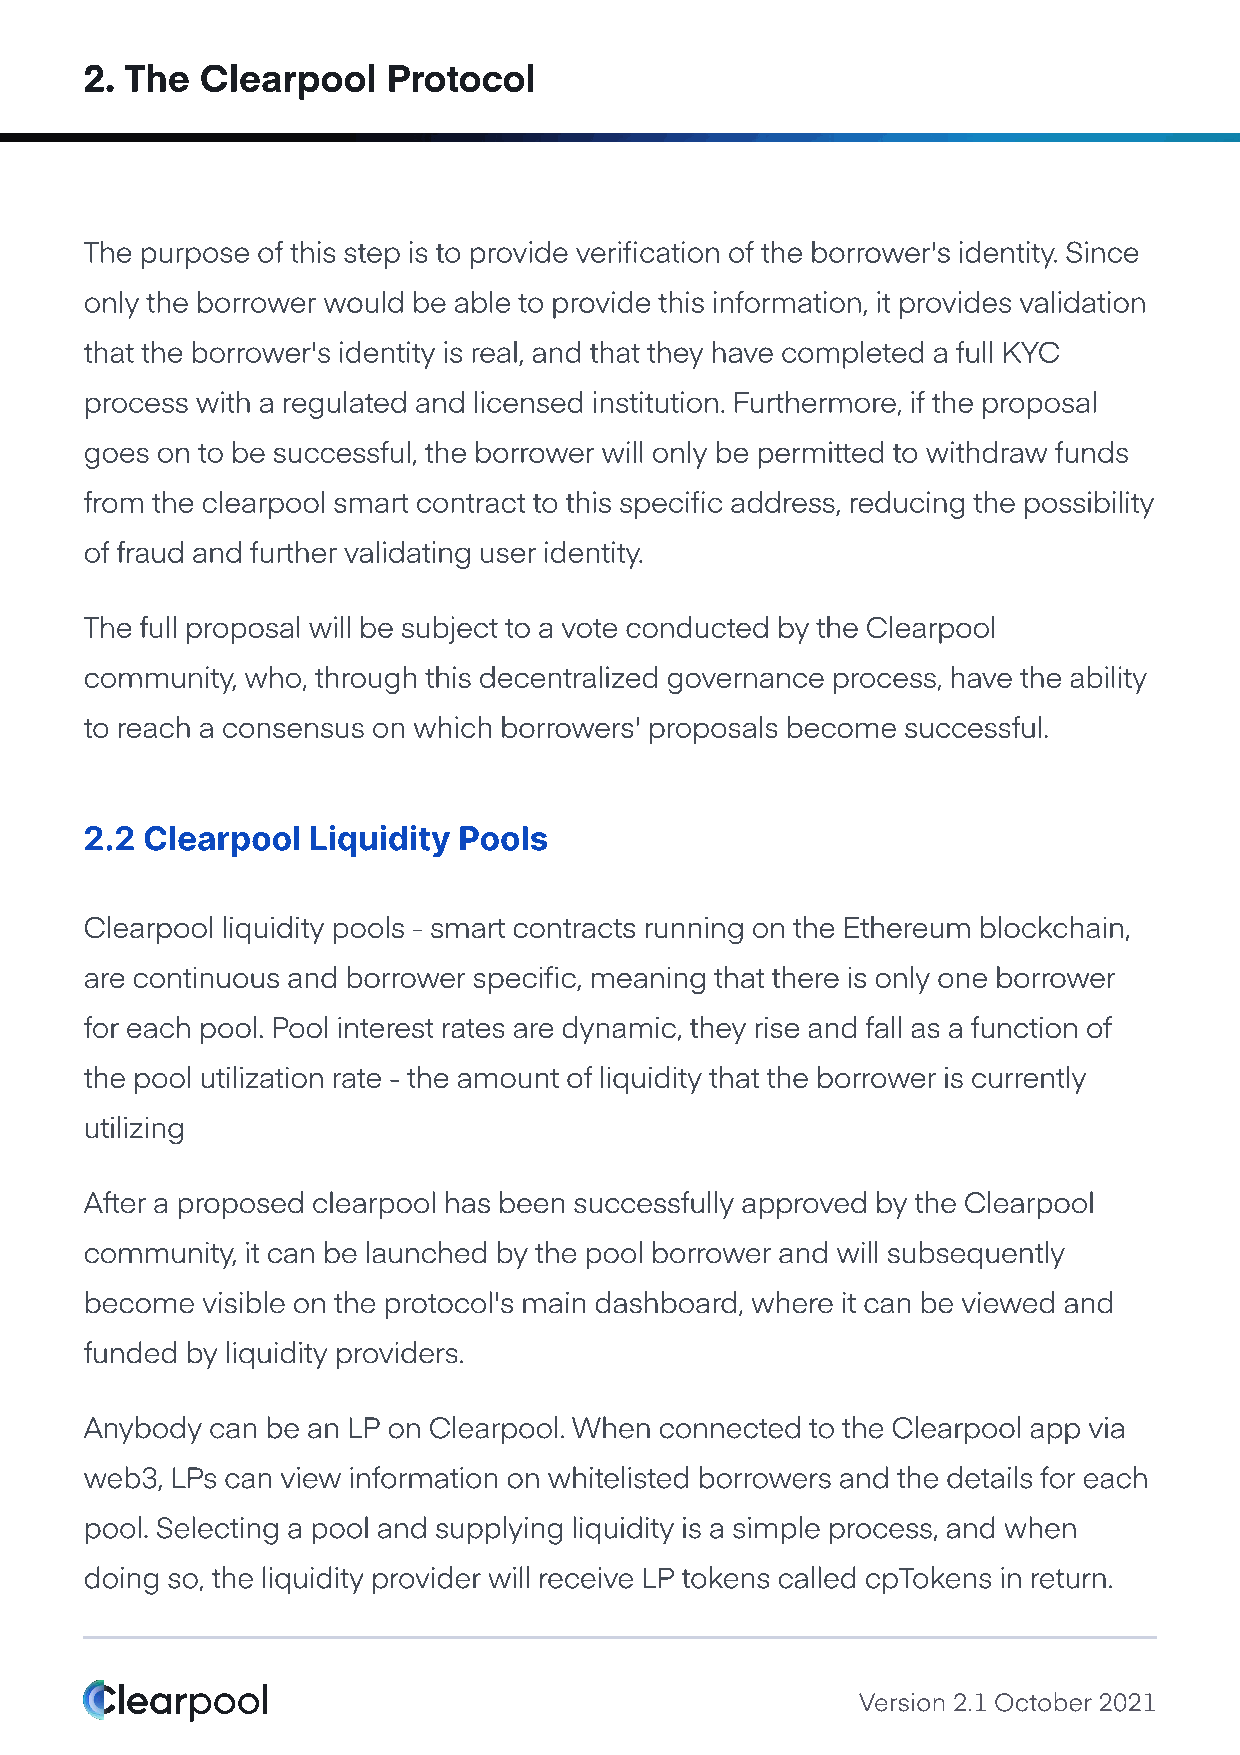
2. The Clearpool    Protocol
 The purpose of this step is to provide verification of the borrower's identity. Since
 only the borrower would be able to provide this information, it provides validation
 that the borrower's identity is real, and that they have completed a full KYC
 process with a regulated and licensed institution. Furthermore, if the proposal
 goes on to be successful, the borrower will only be permitted to withdraw funds
 from the clearpool smart contract to this specific address, reducing the possibility
 of fraud and further validating user identity.
 The full proposal will be subject to a vote conducted by the Clearpool
 community, who, through this decentralized governance process, have the ability
 to reach a consensus on which borrowers' proposals become successful.
 2.2 Clearpool Liquidity Pools
 Clearpool liquidity pools - smart contracts running on the Ethereum blockchain,
 are continuous and borrower specific, meaning that there is only one borrower
 for each pool. Pool interest rates are dynamic, they rise and fall as a function of
 the pool utilization rate - the amount of liquidity that the borrower is currently
 utilizing
 After a proposed clearpool has been successfully approved by the Clearpool
 community, it can be launched by the pool borrower and will subsequently
 become visible on the protocol's main dashboard, where it can be viewed and
 funded by liquidity providers.
 Anybody can be an LP on Clearpool. When connected to the Clearpool app via
 web3, LPs can view information on whitelisted borrowers and the details for each
 pool. Selecting a pool and supplying liquidity is a simple process, and when
 doing so, the liquidity provider will receive LP tokens called cpTokens in return.
 Version 2.1 October 2021